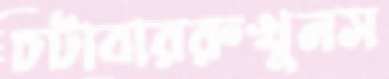
চটাবাররুখুনস